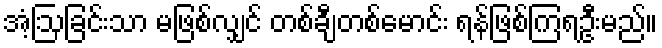
အံ့ဩခြင်းသာ မဖြစ်လျှင် တစ်ချီတစ်မောင်း ရန်ဖြစ်ကြရဦးမည်။